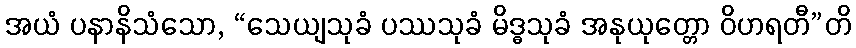
အယံ ပနာနိသံသော, “သေယျသုခံ ပဿသုခံ မိဒ္ဓသုခံ အနုယုတ္တော ဝိဟရတီ”တိ